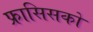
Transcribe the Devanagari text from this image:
फ्रासिसको